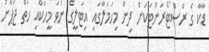
ޑާކާ ގެ ރެސްޓޯރަންޓަކަށް ދިން މިހަމަލާގައި އިޓަލީގެ ނުވަ މީހަކާއި ހަތް ޖަޕާނު